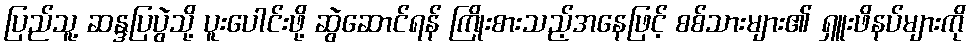
ပြည်သူ့ ဆန္ဒပြပွဲသို့ ပူးပေါင်းဖို့ ဆွဲဆောင်ရန် ကြိုးစားသည့်အနေဖြင့် စစ်သားများ၏ ရှူးဖိနပ်များကို